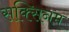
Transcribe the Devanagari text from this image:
सक्सिनम